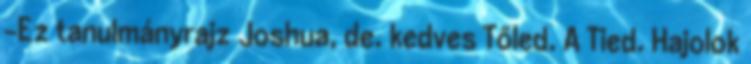
-Ez tanulmányrajz Joshua, de. kedves Tőled. A Tied. Hajolok